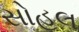
સોહલ